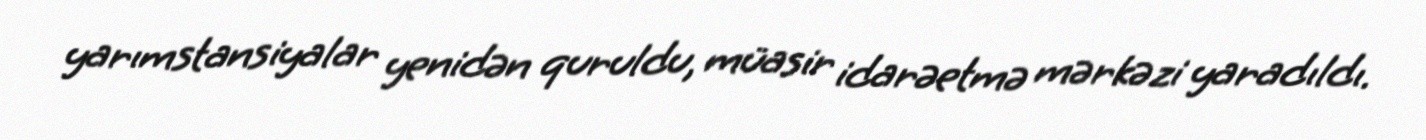
yarımstansiyalar yenidən quruldu, müasir idarəetmə mərkəzi yaradıldı.